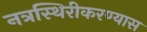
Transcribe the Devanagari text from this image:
नत्रस्थिरीकरण्यास